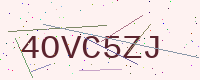
Text: 4OVC5ZJ